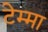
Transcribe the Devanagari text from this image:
टेम्मा